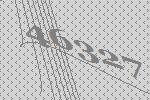
46327